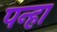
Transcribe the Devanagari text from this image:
पन्हा